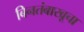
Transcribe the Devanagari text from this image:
बिनतंबाखूचा